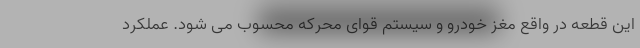
این قطعه در واقع مغز خودرو و سیستم قوای محرکه محسوب می شود. عملکرد